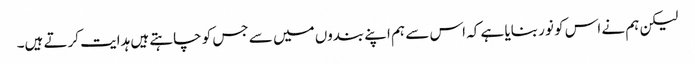
لیکن ہم نے اس کو نور بنایا ہے کہ اس سے ہم اپنے بندوں میں سے جس کو چاہتے ہیں ہدایت کرتے ہیں۔